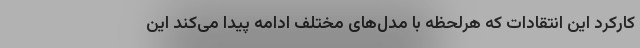
کارکرد این انتقادات که هرلحظه با مدل‌های مختلف ادامه پیدا می‌کند این